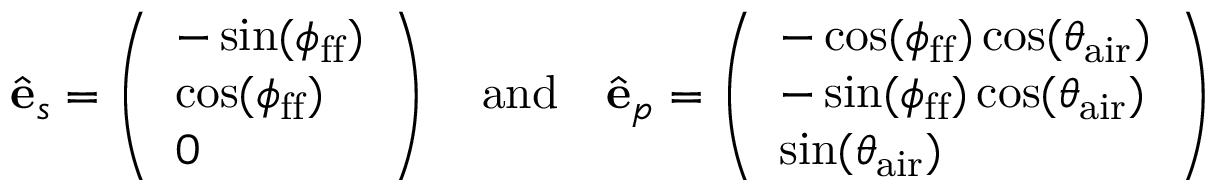
\hat { \mathbf { e } } _ { s } = \left( \begin{array} { l } { - \sin ( \phi _ { \mathrm { f f } } ) } \\ { \cos ( \phi _ { \mathrm { f f } } ) } \\ { 0 } \end{array} \right) \quad \mathrm { a n d } \quad \hat { \mathbf { e } } _ { p } = \left( \begin{array} { l } { - \cos ( \phi _ { \mathrm { f f } } ) \cos ( \theta _ { \mathrm { a i r } } ) } \\ { - \sin ( \phi _ { \mathrm { f f } } ) \cos ( \theta _ { \mathrm { a i r } } ) } \\ { \sin ( \theta _ { \mathrm { a i r } } ) } \end{array} \right)